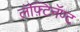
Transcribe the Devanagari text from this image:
लॅफ़्टिनॅण्ट